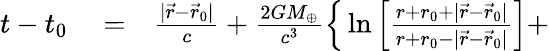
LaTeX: \begin{array}{rlr}{t-t_{0}}&{{}=}&{\frac{|{\vec{r}}-{\vec{r}}_{0}|}{c}+\frac{2GM_{\oplus}}{c^{3}}\Big\{ \ln\Big[\frac{r+r_{0}+|{\vec{r}}-{\vec{r}}_{0}|}{r+r_{0}-|{\vec{r}}-{\vec{r}}_{0}|}\Big]+}\end{array}